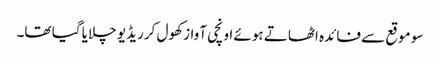
سو موقع سے فائدہ اٹھاتے ہوئے اونچی آواز کھول کر ریڈیو چلایا گیا تھا۔